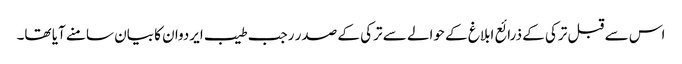
اس سے قبل ترکی کے ذرائع ابلاغ کے حوالے سے ترکی کے صدر رجب طیب ایردوان کا بیان سامنے آیا تھا۔